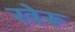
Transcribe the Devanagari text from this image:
खेरू